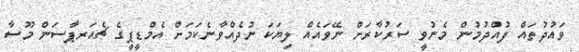
ވައުދުތައް ފުއްދުމުން މެނުވީ ސަރުކާރަށް ނޭވައެއް ލިޔަކަ ނުދެއްވާނެކަމަށް އެމްޑީޕީގެ ޗެއަރޕާސަން މޫސާ